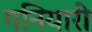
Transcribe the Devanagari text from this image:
गनियारी